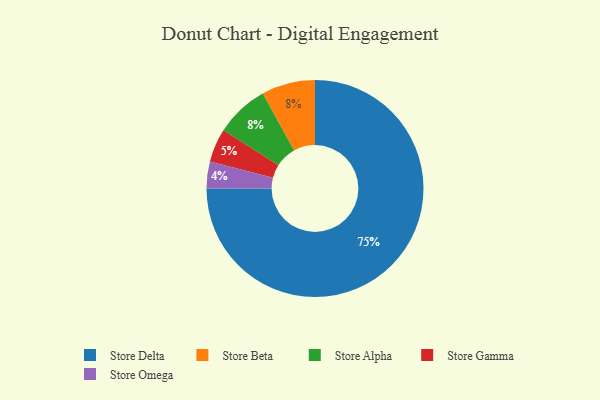
{"axis": {"x": "Category", "y": "Percentage"}, "legend": ["Store Alpha", "Store Beta", "Store Delta", "Store Gamma", "Store Omega"], "data": [{"x": "Store Delta", "y": 75, "type": "Store Delta"}, {"x": "Store Beta", "y": 8, "type": "Store Beta"}, {"x": "Store Omega", "y": 4, "type": "Store Omega"}, {"x": "Store Gamma", "y": 5, "type": "Store Gamma"}, {"x": "Store Alpha", "y": 8, "type": "Store Alpha"}]}